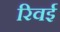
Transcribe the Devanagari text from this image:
रिवई